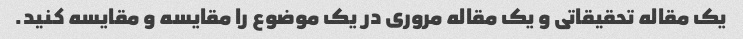
یک مقاله تحقیقاتی و یک مقاله مروری در یک موضوع را مقایسه و مقایسه کنید.